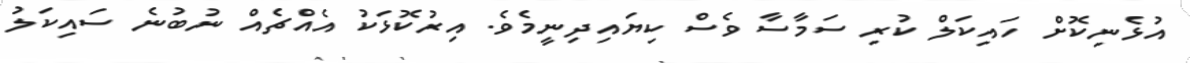
އުޅެނިކޮށް ހައިކަލް ކުރި ސަމާސާ ވެސް ކިޔައިދިނީމެވެ. އިރުކޮޅަކު އެއްޗެއް ނުބުނެ ސައިކަލު